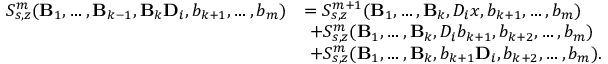
\begin{array} { r l } { S _ { s , z } ^ { m } ( \mathbf B _ { 1 } , \ldots , \mathbf B _ { k - 1 } , \mathbf { B } _ { k } \mathbf { D } _ { i } , b _ { k + 1 } , \ldots , b _ { m } ) } & { = S _ { s , z } ^ { m + 1 } ( \mathbf B _ { 1 } , \ldots , \mathbf B _ { k } , D _ { i } x , b _ { k + 1 } , \ldots , b _ { m } ) } \\ & { \, \, + S _ { s , z } ^ { m } ( \mathbf B _ { 1 } , \ldots , \mathbf { B } _ { k } , D _ { i } b _ { k + 1 } , b _ { k + 2 } , \ldots , b _ { m } ) } \\ & { \, \, + S _ { s , z } ^ { m } ( \mathbf B _ { 1 } , \ldots , \mathbf { B } _ { k } , b _ { k + 1 } \mathbf D _ { i } , b _ { k + 2 } , \ldots , b _ { m } ) . } \end{array}